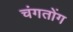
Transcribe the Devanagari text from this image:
चंगतोंग